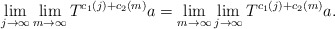
\begin{align*}\lim_{j\to\infty}\lim_{m\to\infty}T^{c_1(j)+c_2(m)}a=\lim_{m\to\infty}\lim_{j\to\infty}T^{c_1(j)+c_2(m)}a.\end{align*}